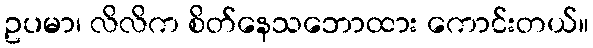
ဥပမာ၊ လိလိက စိတ်နေသဘောထား ကောင်းတယ်။